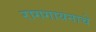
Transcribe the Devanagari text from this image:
रागगायनाचे